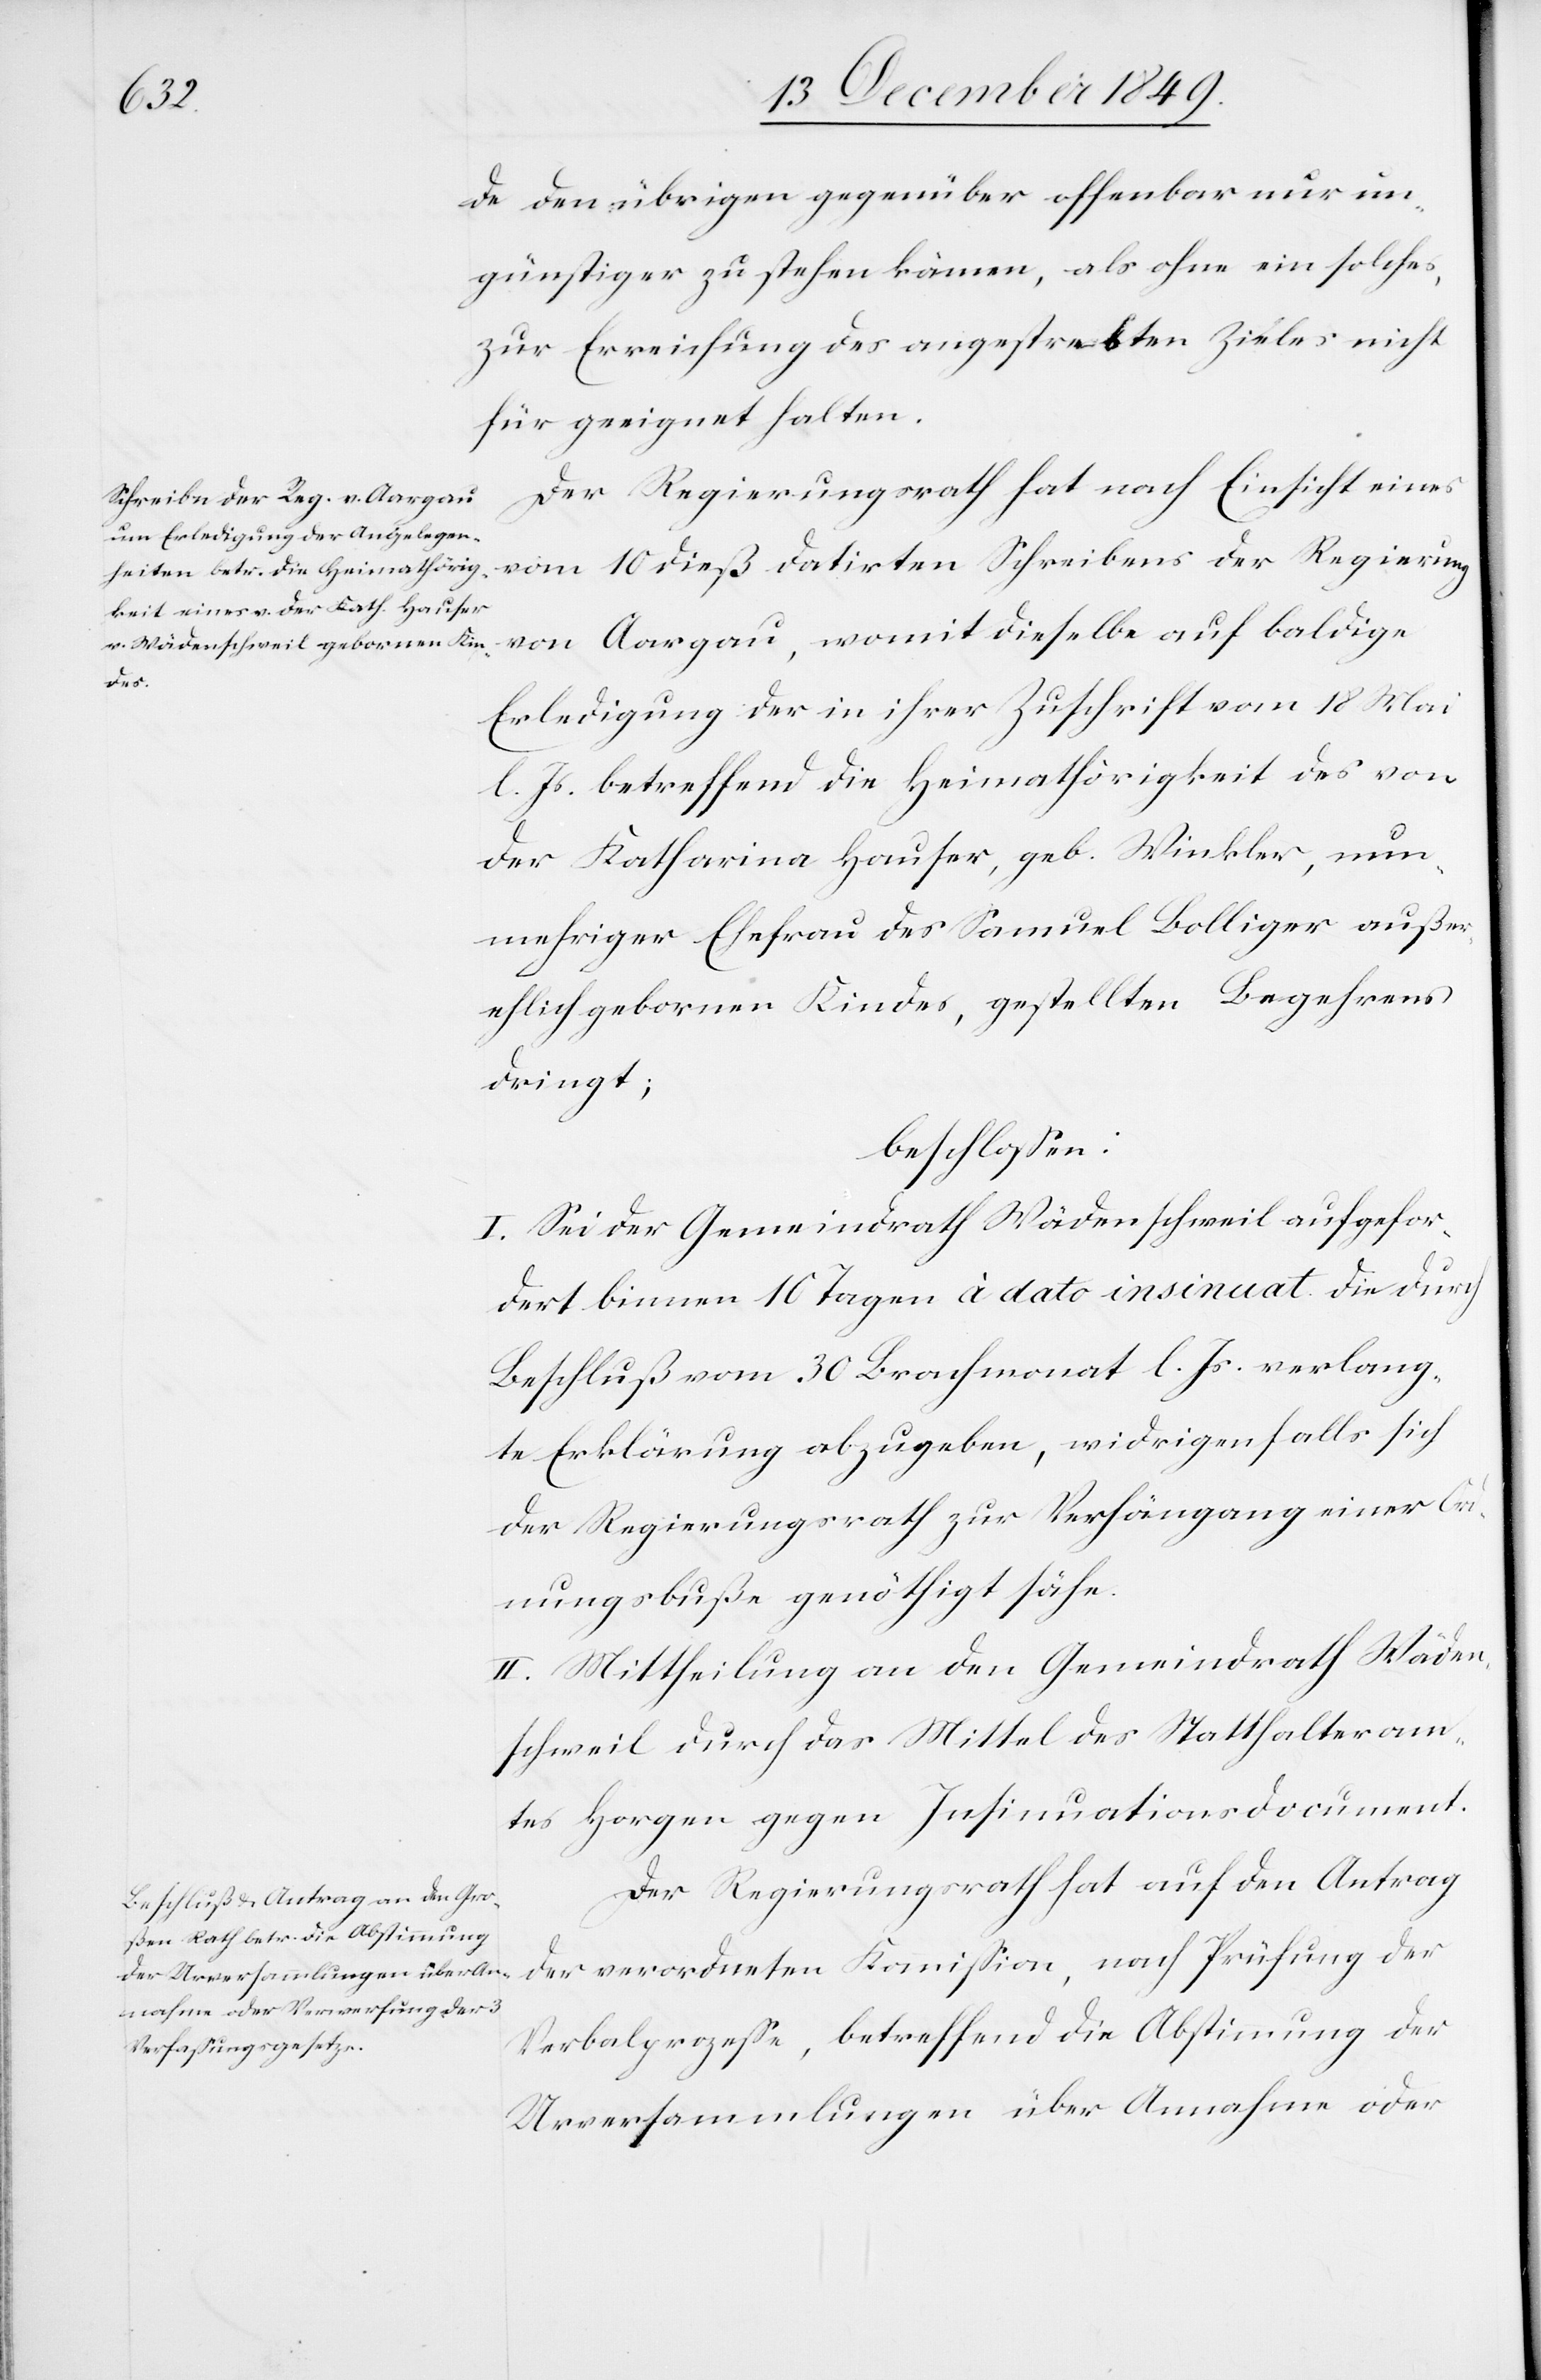
de den übrigen gegenüber offenbar nur un¬
günstiger zustehen kämen, als ohne ein solches,
zur Erreichung des angestrebten Zieles nicht
für geeignet halten.
Der Regierungsrath hat nach Einsicht eines
vom 10 dieß datirten Schreibens der Regierung
von Aargau, womit dieselbe auf baldige
Erledigung der in ihrer Zuschrift vom 18 Mai
l. Js. betreffend die Heimathörigkeit des von
der Katharina Hauser, geb. Winkler, nun¬
mehriger Ehefrau des Samuel Bolliger außer¬
ehlich gebornen Kindes, gestellten Begehrens
dringt;
beschloßen:
I. Sei der Gemeindrath Wädenschweil aufgefor¬
dert binnen 10 Tagen à dato insinuat. die durch
Beschluß vom 30 Brachmonat l. Js. verlang¬
te Erklärung abzugeben, widrigenfalls sich
der Regierungsrath zur Verhängang [sic!] einer Ord¬
nungsbuße genöthigt sehe.
II. Mittheilung an den Gemeindrath Wäden¬
schweil durch das Mittel des Statthalteram¬
tes Horgen gegen Insinuationsdocument.
Der Regierungsrath hat auf den Antrag
der verordneten Kommißion, nach Prüfung der
Verbalprozeße, betreffend die Abstimmung der
Urversammlungen über Annahme oder